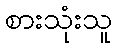
စားသုံးသူ